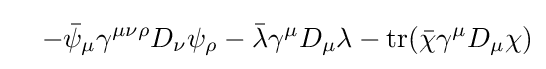
\ \ \ -{\bar {\psi }}_{\mu }\gamma ^{\mu \nu \rho }D_{\nu }\psi _{\rho }-{\bar {\lambda }}\gamma ^{\mu }D_{\mu }\lambda -{\text{tr}}({\bar {\chi }}\gamma ^{\mu }D_{\mu }\chi )